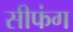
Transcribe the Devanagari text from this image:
सीफंग